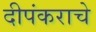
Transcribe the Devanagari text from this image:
दीपंकराचे